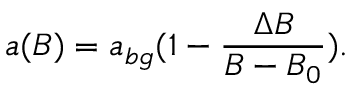
a ( B ) = a _ { b g } ( 1 - \frac { \Delta B } { B - B _ { 0 } } ) .